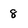
Character: 8